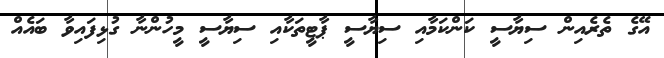
އޭގެ ތެރެއިން ސިޔާސީ ކަންކަމާއި ސިޔާސީ ޕާޓީތަކާއި ސިޔާސީ މީހުންނާ ގުޅިފައިވާ ބައެއް